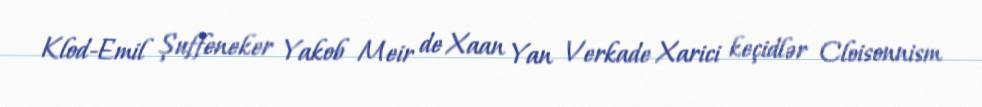
Klod-Emil Şuffeneker Yakob Meir de Xaan Yan Verkade Xarici keçidlər Cloisonnism